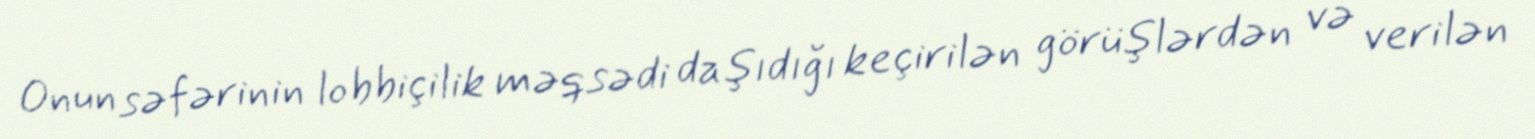
Onun səfərinin lobbiçilik məqsədi daşıdığı keçirilən görüşlərdən və verilən